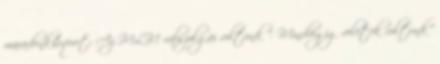
maradunk.&quot; Az MLM rabszolgái voltunk ". Mindvégig veletek voltunk"